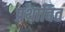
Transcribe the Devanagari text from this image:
प्रथावित